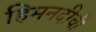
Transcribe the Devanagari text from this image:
हिमनदीची